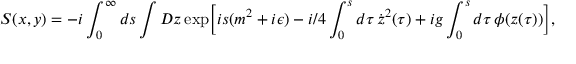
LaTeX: S ( x , y ) = - i \int _ { 0 } ^ { \infty } d s \int { \cal D } z \, \mathrm { e x p } \biggl [ i s ( m ^ { 2 } + i \epsilon ) - i / 4 \int _ { 0 } ^ { s } d \tau \, \dot { z } ^ { 2 } ( \tau ) + i g \int _ { 0 } ^ { s } d \tau \, \phi ( z ( \tau ) ) \biggr ] ,